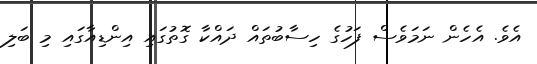
އެވެ. އެހެން ނަމަވެސް ފަހުގެ ހިސާބުތައް ދައްކާ ގޮތުގައި އިންޑިއާގައި މި ބަލި